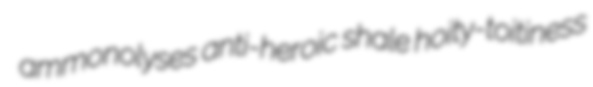
ammonolyses anti-heroic shale hoity-toitiness